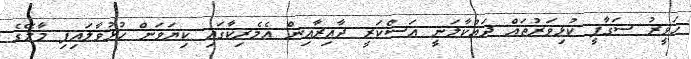
ހަވީރު ސަގާފީ ކުޅިވަރުތައް ދައްކާލަނީ އަސްކަރީ ދާއިރާއިން އެމެރިކާގައި ކިޔަވަން ހުޅުވާލައިފި މާލޭގެ